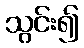
သွင်း၍